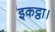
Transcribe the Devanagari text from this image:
इकट्ठा।